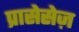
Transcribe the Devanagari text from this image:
प्रासेसेज़